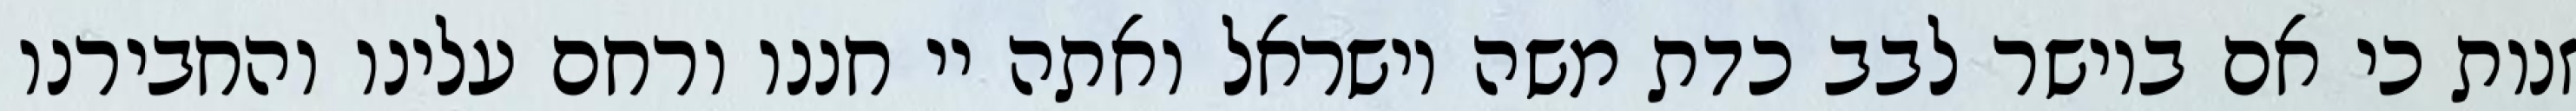
זנות כי אם ביושר לבב כדת משה וישראל ואתה יי חננו ורחם עלינו והחבירנו